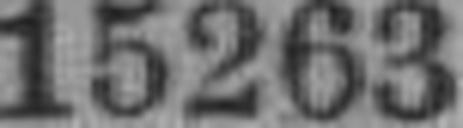
15263